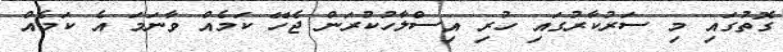
ގޮތުގައި މި ސަރުކާރުގައި ހުރި އިސްލާހުކުރަން ޖެހޭ ކަމެއް ވާނަމަ އެ ކަމެއް